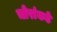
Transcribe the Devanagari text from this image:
चोरांकडे